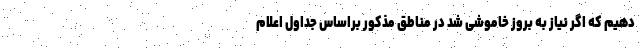
دهیم که اگر نیاز به بروز خاموشی شد در مناطق مذکور براساس جداول اعلام